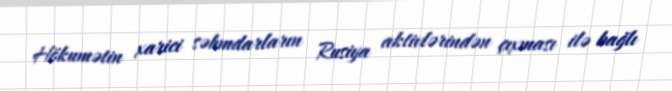
Hökumətin xarici səhmdarların Rusiya aktivlərindən çıxması ilə bağlı